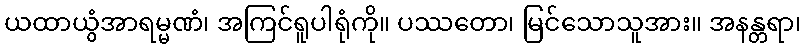
ယထာယွံအာရမ္မဏံ၊ အကြင်ရူပါရုံကို။ ပဿတော၊ မြင်သောသူအား။ အနန္တရာ၊